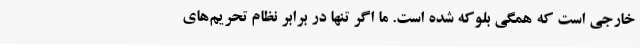
خارجی است که همگی بلوکه شده است. ما اگر تنها در برابر نظام تحریم‌های